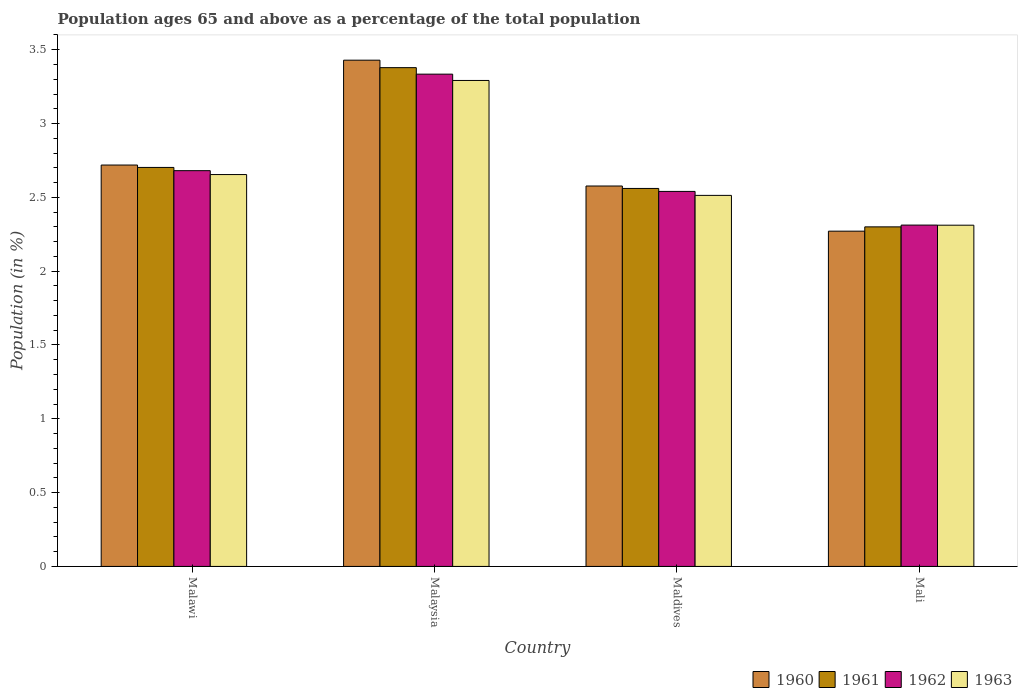
| Country | 1960 | 1961 | 1962 | 1963 |
 | --- | --- | --- | --- | --- |
 | Malawi | 2.72 | 2.7 | 2.68 | 2.65 |
 | Malaysia | 3.43 | 3.38 | 3.33 | 3.29 |
 | Maldives | 2.58 | 2.56 | 2.54 | 2.51 |
 | Mali | 2.27 | 2.3 | 2.31 | 2.31 |